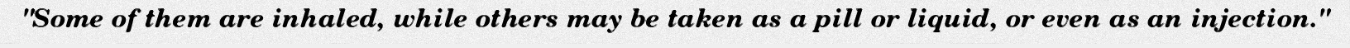
"Some of them are inhaled, while others may be taken as a pill or liquid, or even as an injection."